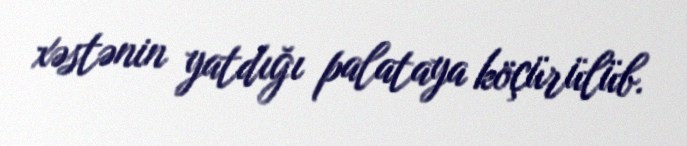
xəstənin yatdığı palataya köçürülüb.